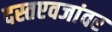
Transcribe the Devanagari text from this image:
दस्तएवजांवर